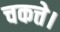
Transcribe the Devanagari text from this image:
चकत्ते।